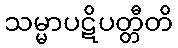
သမ္မာပဋိပတ္တီတိ